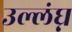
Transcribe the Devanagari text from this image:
उल्लंघ्न